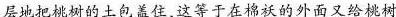
层地把桃树的土包盖住，这等于在棉袄的外面又给桃树